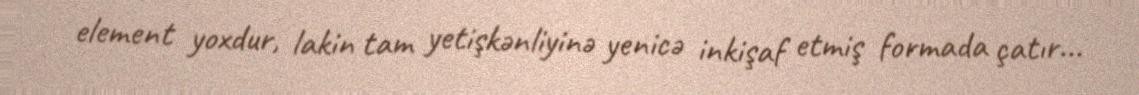
element yoxdur, lakin tam yetişkənliyinə yenicə inkişaf etmiş formada çatır...